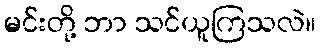
မင်းတို့ ဘာ သင်ယူကြသလဲ။